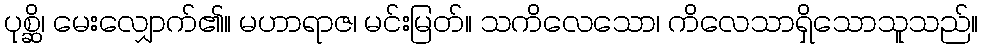
ပုစ္ဆိ၊ မေးလျှောက်၏။ မဟာရာဇ၊ မင်းမြတ်။ သကိလေသော၊ ကိလေသာရှိသောသူသည်။